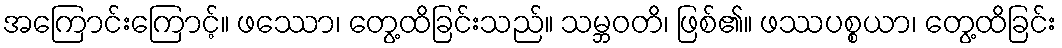
အကြောင်းကြောင့်။ ဖဿော၊ တွေ့ထိခြင်းသည်။ သမ္ဘဝတိ၊ ဖြစ်၏။ ဖဿပစ္စယာ၊ တွေ့ထိခြင်း